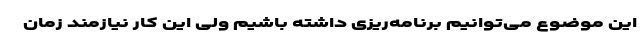
این موضوع می‌توانیم برنامه‌ریزی داشته باشیم ولی این کار نیازمند زمان